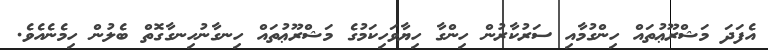
އެފަދަ މަޝްރޫޢުތައް ހިންގުމާއި ސަރުކާރުން ހިންގާ ހިޔާވަހިކަމުގެ މަޝްރޫޢުތައް ހިނގާނުހިނގާގޮތް ބެލުން ހިމެނެއެވެ.